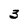
Character: 3